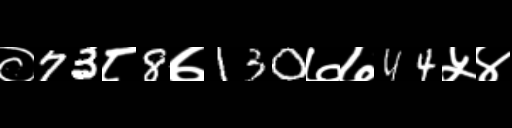
Text: ०73८8७130७७44५४